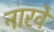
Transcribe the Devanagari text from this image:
नारवे